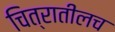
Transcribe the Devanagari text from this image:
चित्रातीलच